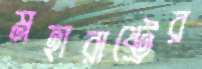
মহারাষ্ট্রের